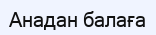
Анадан балаға